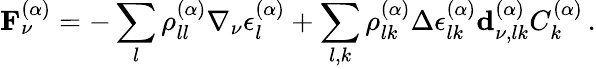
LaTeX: \mathbf{F}_{\nu}^{(\alpha)}=-\sum_{l}\rho_{ll}^{(\alpha)}\nabla_{\nu}\epsilon_{l}^{(\alpha)}+\sum_{l,k}\rho_{lk}^{(\alpha)}\Delta\epsilon_{lk}^{(\alpha)}\mathbf{d}_{\nu,lk}^{(\alpha)}C_{k}^{(\alpha)}\, .